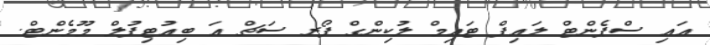
އައި ސްޕެންޓް ލައިފް ޓައިމް ލުކިންގް ފޯރ ސަޗް އަ ބިއުޓިފުލް މޫމެންޓް.